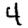
Digit: 4